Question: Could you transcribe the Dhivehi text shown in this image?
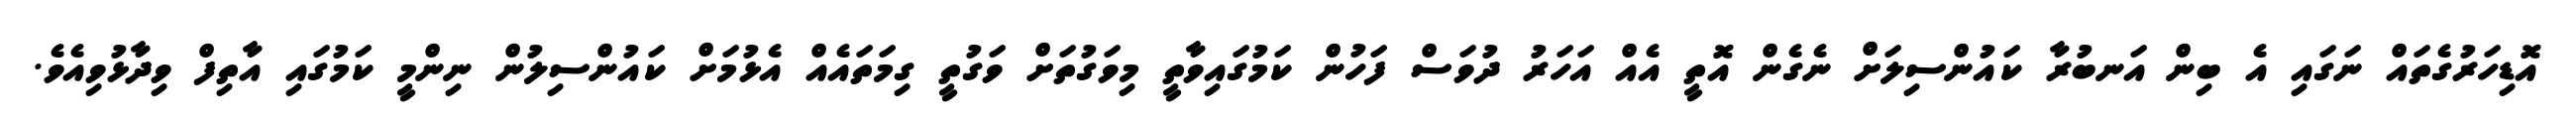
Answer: އޮޑިހަރުގެތައް ނަގައި އެ ބިން އަނބުރާ ކައުންސިލަށް ނެގެން އޮތީ އެއް އަހަރު ދުވަސް ފަހުން ކަމުގައިވާތީ މިވަގުތަށް ވަގުތީ ގިމަތައެއް އެޅުމަށް ކައުންސިލުން ނިންމީ ކަމުގައި އާތިފް ވިދާޅުވިއެވެ.